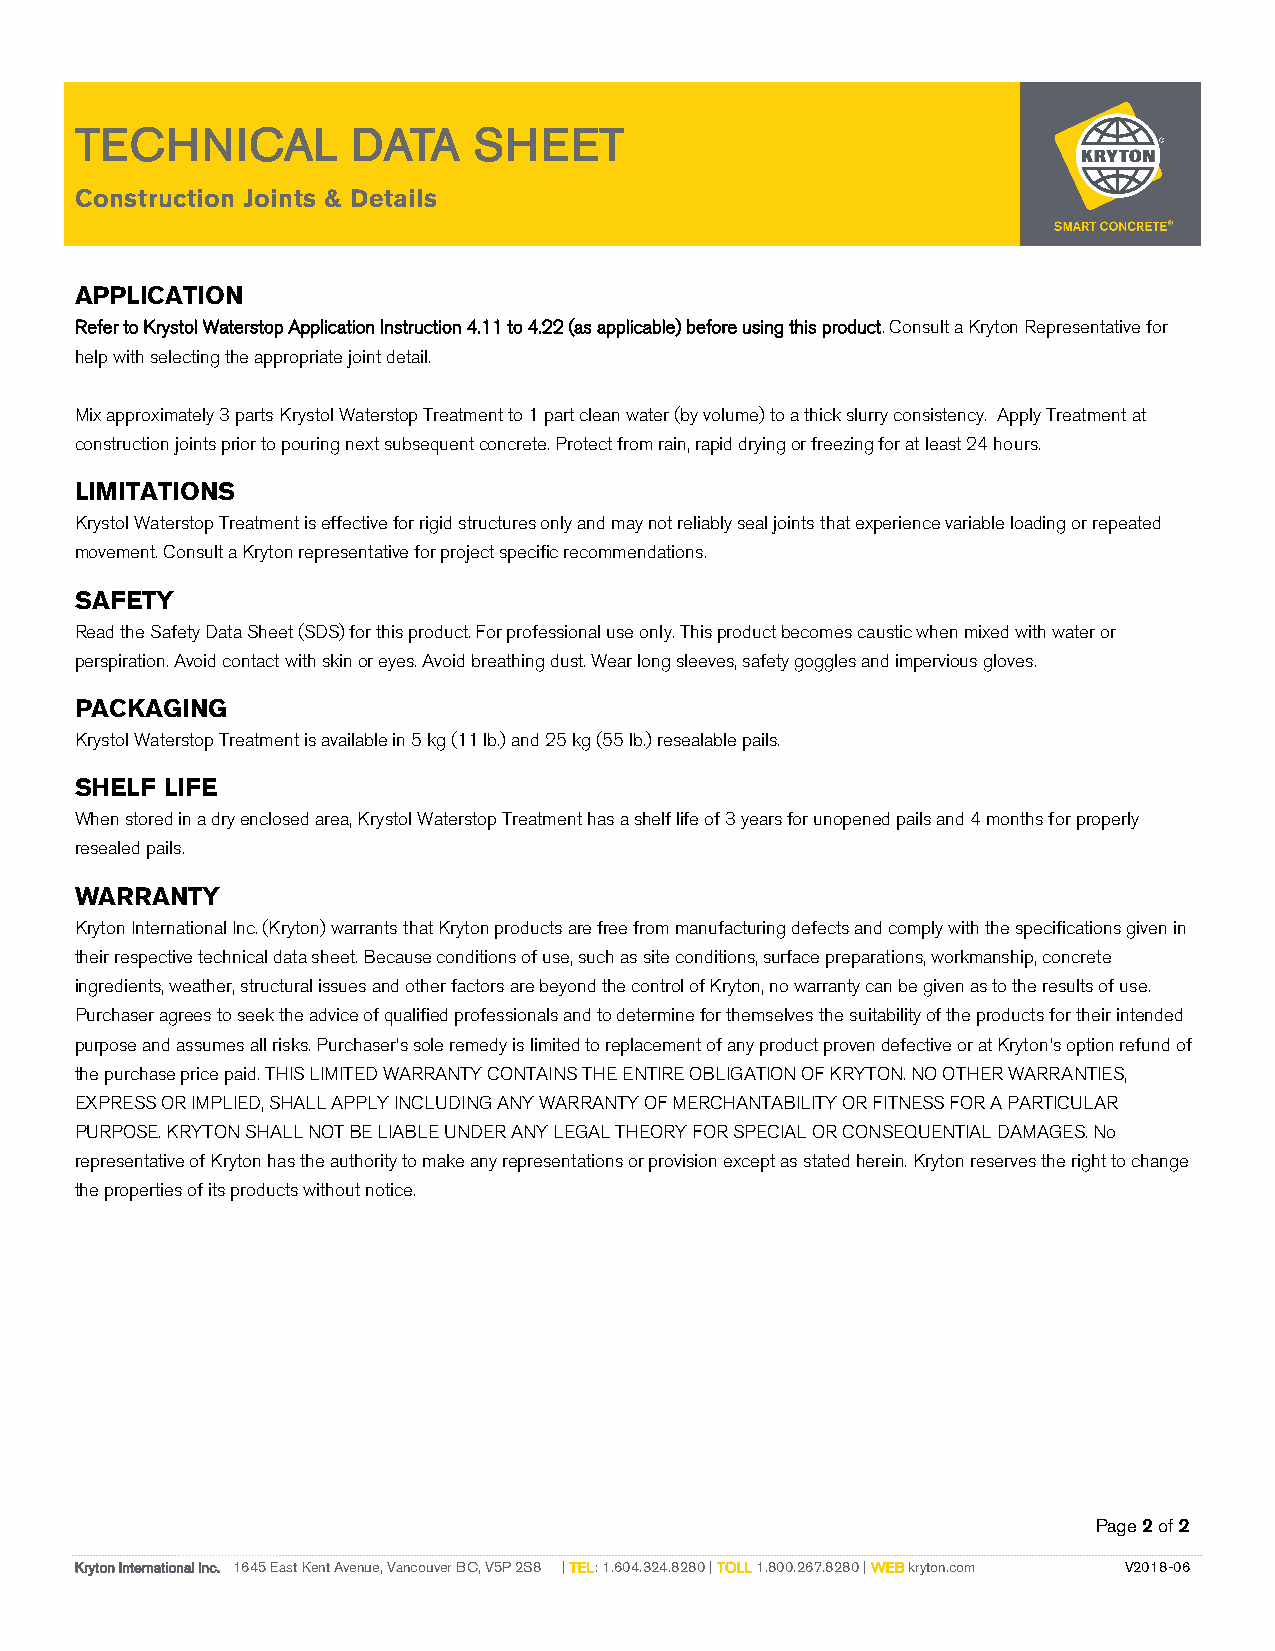
TECHNICAL         DATA    SHEET
 Construction Joints & Details
 APPLICATION
 Refer to Krystol Waterstop Application Instruction 4.11 to 4.22 (as applicable) before using this product. Consult a Kryton Representative for
 help with selecting the appropriate joint detail.
 Mix approximately 3 parts Krystol Waterstop Treatment to 1 part clean water (by volume) to a thick slurry consistency. Apply Treatment at
 construction joints prior to pouring next subsequent concrete. Protect from rain, rapid drying or freezing for at least 24 hours.
 LIMITATIONS
 Krystol Waterstop Treatment is effective for rigid structures only and may not reliably seal joints that experience variable loading or repeated
 movement. Consult a Kryton representative for project specific recommendations.
 SAFETY
 Read the Safety Data Sheet (SDS) for this product. For professional use only. This product becomes caustic when mixed with water or
 perspiration. Avoid contact with skin or eyes. Avoid breathing dust. Wear long sleeves, safety goggles and impervious gloves.
 PACKAGING
 Krystol Waterstop Treatment is available in 5 kg (11 lb.) and 25 kg (55 lb.) resealable pails.
 SHELF LIFE
 When stored in a dry enclosed area, Krystol Waterstop Treatment has a shelf life of 3 years for unopened pails and 4 months for properly
 resealed pails.
 WARRANTY
 Kryton International Inc. (Kryton) warrants that Kryton products are free from manufacturing defects and comply with the specifications given in
 their respective technical data sheet. Because conditions of use, such as site conditions, surface preparations, workmanship, concrete
 ingredients, weather, structural issues and other factors are beyond the control of Kryton, no warranty can be given as to the results of use.
 Purchaser agrees to seek the advice of qualified professionals and to determine for themselves the suitability of the products for their intended
 purpose and assumes all risks. Purchaser’s sole remedy is limited to replacement of any product proven defective or at Kryton’s option refund of
 the purchase price paid. THIS LIMITED WARRANTY CONTAINS THE ENTIRE OBLIGATION OF KRYTON. NO OTHER WARRANTIES,
 EXPRESS OR IMPLIED, SHALL APPLY INCLUDING ANY WARRANTY OF MERCHANTABILITY OR FITNESS FOR A PARTICULAR
 PURPOSE. KRYTON SHALL NOT BE LIABLE UNDER ANY LEGAL THEORY FOR SPECIAL OR CONSEQUENTIAL DAMAGES. No
 representative of Kryton has the authority to make any representations or provision except as stated herein. Kryton reserves the right to change
 the properties of its products without notice.
 Page 2 of 2
 Kryton International Inc. 1645 East Kent Avenue, Vancouver BC, V5P 2S8 | TEL: 1.604.324.8280 | TOLL 1.800.267.8280 | WEB kryton.com V2018-06